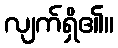
လျက်ရှိ၏။